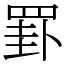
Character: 罫